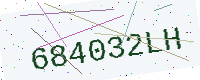
Text: 684032LH